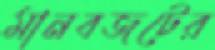
মানবজটের